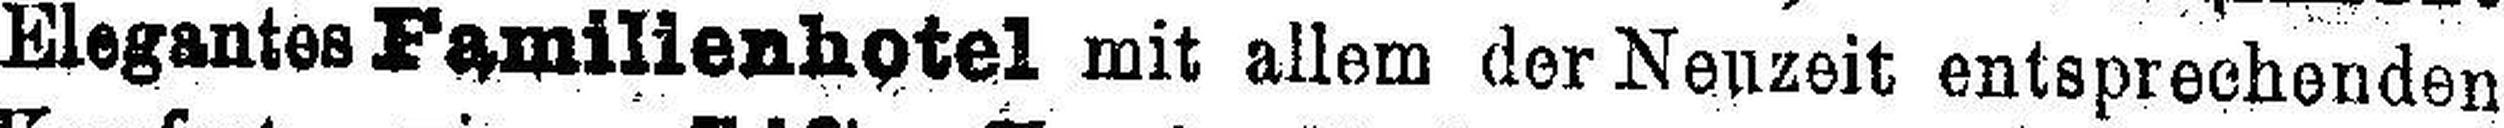
Elegantes Familienhotel mit allem der Neuzeit entsprechenden